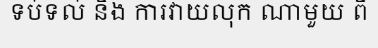
ទប់ទល់ នឹង ការវាយលុក ណាមួយ ពី